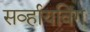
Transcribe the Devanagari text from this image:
सर्व्हायविंग